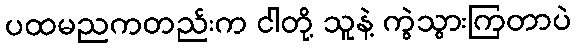
ပထမညကတည်းက ငါတို့ သူနဲ့ ကွဲသွားကြတာပဲ